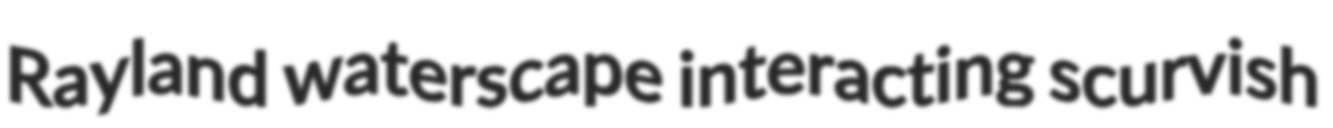
Rayland waterscape interacting scurvish